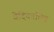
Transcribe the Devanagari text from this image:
वेदिकाचित्र